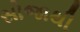
સોજાથી